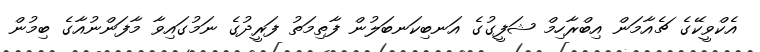
އެކްވީކޭގެ ޗެއާމަން އިބްރާހިމް ޝަފީގުގެ އަނބިކަނބަލުން ފާތިމަތު ފަރީދުގެ ނަމުގައިވާ މާފަންނުއާގެ ބިމުން